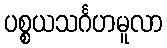
ပစ္စယသင်္ဂဟမူလာ